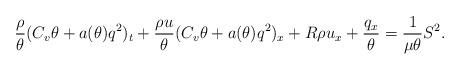
LaTeX: \begin{align*}\frac{\rho}{\theta}(C_v \theta+a(\theta)q^2)_t+\frac{\rho u}{\theta} (C_v\theta+a(\theta) q^2)_x+R \rho u_x+\frac{q_x}{\theta}=\frac{1}{\mu \theta}S^2.\end{align*}